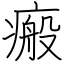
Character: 瘢